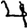
Digit: 4